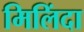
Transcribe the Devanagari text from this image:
मिलिंदा